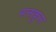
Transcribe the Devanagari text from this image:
मत्सकुरर